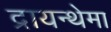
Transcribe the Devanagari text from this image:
द्रायन्थेमा